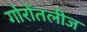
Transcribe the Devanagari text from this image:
गोरोंतलीज